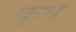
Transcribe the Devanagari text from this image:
कुध